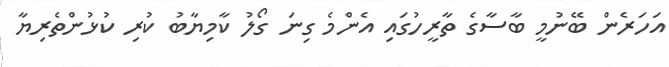
އަހަރެން ބޭނުމީ ބާސާގެ ތާރީހުގައި އެންމެ ގިނަ ގޯލު ކާމިޔާބު ކުރި ކުޅުންތެރިޔާ